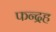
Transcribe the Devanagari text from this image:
फन्द्रह